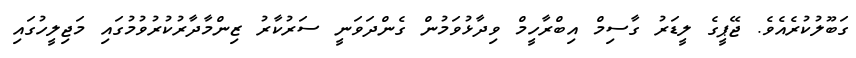
ގަބޫލުކުރެއެވެ. ޖޭޕީގެ ލީޑަރު ގާސިމް އިބްރާހީމް ވިދާޅުވަމުން ގެންދަވަނީ ސަރުކާރު ޒިންމާދާރުކުރުވުމުގައި މަޖިލީހުގައި